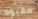
مقبولا